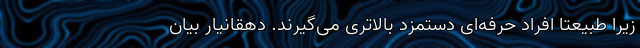
زیرا طبیعتا افراد حرفه‌ای دستمزد بالاتری می‌گیرند. دهقانیار بیان